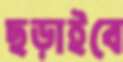
ছড়াইবে